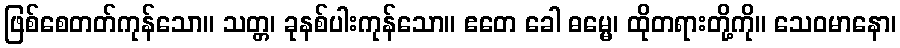
ဖြစ်စေတတ်ကုန်သော။ သတ္တ၊ ခုနစ်ပါးကုန်သော။ ဧတေ ခေါ ဓမ္မေ၊ ထိုတရားတို့ကို။ သေဝမာနော၊